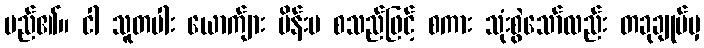
မည်၏။ ငါ သူတပါး ယောက်ျား မိန်းမ စသည်ဖြင့် စကား သုံးစွဲသော်လည်း တခုချုပ်မှ